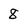
Character: 8